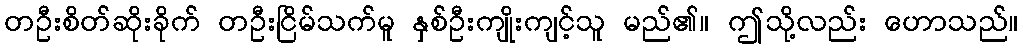
တဦးစိတ်ဆိုးခိုက် တဦးငြိမ်သက်မူ နှစ်ဦးကျိုးကျင့်သူ မည်၏။ ဤသို့လည်း ဟောသည်။